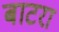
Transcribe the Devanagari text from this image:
बाटरा